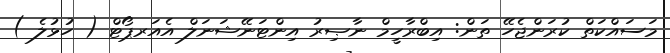
މަސައްކަތް ކުރަންޖެހޭ ތަން: އިބްރާހީމް ނާޞިރު އިންޓަނޭޝަނަލް އެއަރޕޯޓް ( ހުޅުލެ )